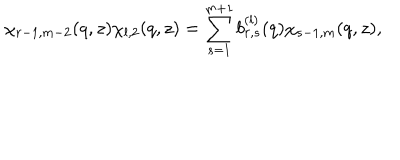
\chi _ { r - 1 , m - 2 } ( q , z ) \chi _ { l , 2 } ( q , z ) = \sum _ { s = 1 } ^ { m + 1 } b _ { r , s } ^ { ( l ) } ( q ) \chi _ { s - 1 , m } ( q , z ) ,